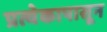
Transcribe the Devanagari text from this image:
प्रत्येकापासून